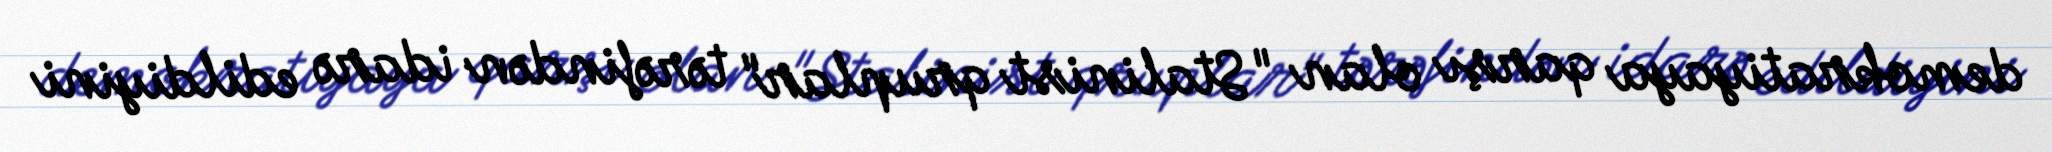
demokratiyaya qarşı olan "Stalinist qruplar" tərəfindən idarə edildiyini